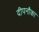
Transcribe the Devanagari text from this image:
दीपनौका